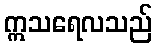
ဣသရေလသည်